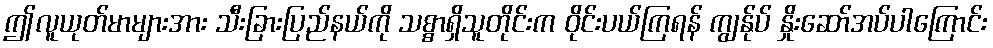
ဤလူယုတ်မာများအား သီးခြားပြည်နယ်ကို သစ္စာရှိသူတိုင်းက ဝိုင်းပယ်ကြရန် ကျွန်ုပ် နှိုးဆော်အပ်ပါကြောင်း